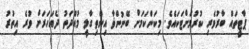
ޕާޓީތައް ބާރުވެރި ކުރުމަށްޓަކައެވެ. މިކަންކަމަށް ބޭނުންޥާ އިންތިގާލީ މުއްދަތު ދެއަހަރަށް ވުރެ އިތުރު